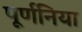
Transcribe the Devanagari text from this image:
पूर्णनिया